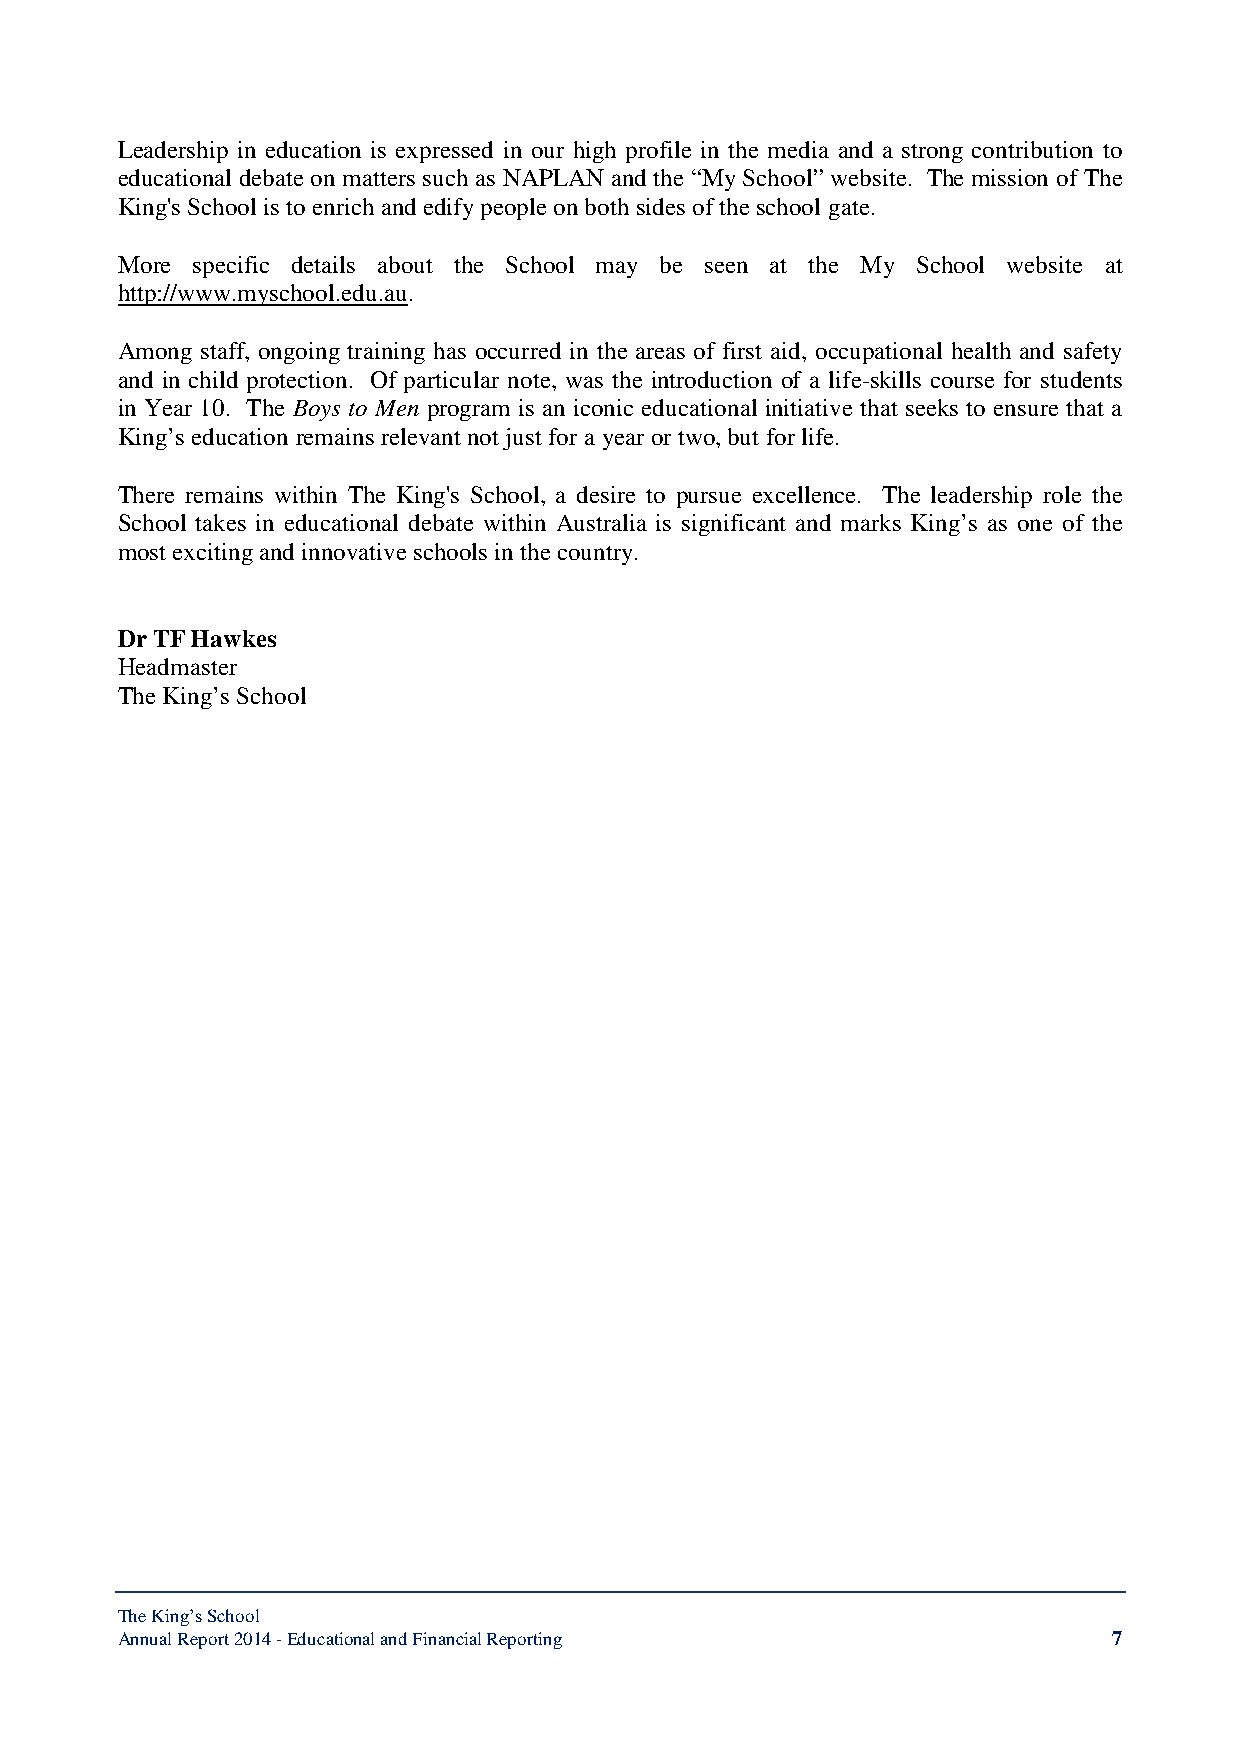
Leadership in education is expressed in our high profile in the media and a strong contribution to
 educational debate on matters such as NAPLAN and the “My School” website. The mission of The
 King's School is to enrich and edify people on both sides of the school gate.
 More specific details about the School may be seen at the My School website at
 http://www.myschool.edu.au.
 Among staff, ongoing training has occurred in the areas of first aid, occupational health and safety
 and in child protection. Of particular note, was the introduction of a life-skills course for students
 in Year 10. The Boys to Men program is an iconic educational initiative that seeks to ensure that a
 King’s education remains relevant not just for a year or two, but for life.
 There remains within The King's School, a desire to pursue excellence. The leadership role the
 School takes in educational debate within Australia is significant and marks King’s as one of the
 most exciting and innovative schools in the country.
 Dr TF Hawkes
 Headmaster
 The King’s School
 The King’s School
 Annual Report 2014 - Educational and Financial Reporting          7